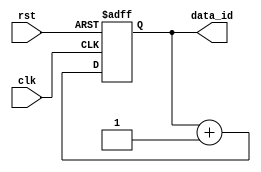
module data_id_gen(clk,
				   rst,
				   data_id);

	input clk;
	input rst;
	output [2:0] data_id;
	reg [2:0] data_id;

	always @(posedge clk or negedge rst) begin
		if (!rst) 
			data_id <= 3'b000;
		else
		begin
			data_id <= data_id + 1'b1;
		end
	end

endmodule